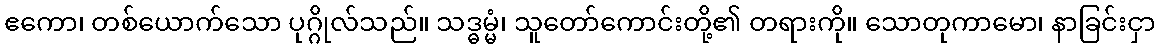
ဧကော၊ တစ်ယောက်သော ပုဂ္ဂိုလ်သည်။ သဒ္ဓမ္မံ၊ သူတော်ကောင်းတို့၏ တရားကို။ သောတုကာမော၊ နာခြင်းငှာ